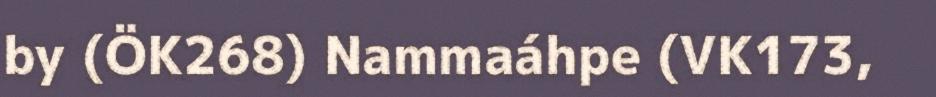
by (ÖK268) Nammaáhpe (VK173,